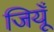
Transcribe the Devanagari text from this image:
जियूँ